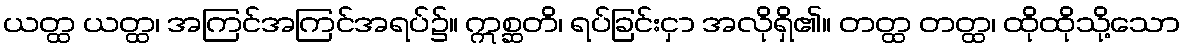
ယတ္ထ ယတ္ထ၊ အကြင်အကြင်အရပ်၌။ ဣစ္ဆတိ၊ ရပ်ခြင်းငှာ အလိုရှိ၏။ တတ္ထ တတ္ထ၊ ထိုထိုသို့သော